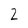
Character: 2